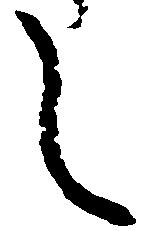
し